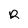
Character: r